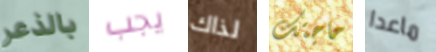
بالذعر يجب لذاك حاجتك ماعدا